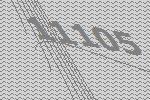
11105